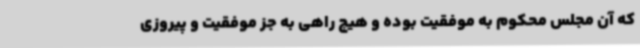
که آن مجلس محکوم به موفقیت بوده و هیچ راهی به جز موفقیت و پیروزی